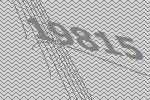
19815